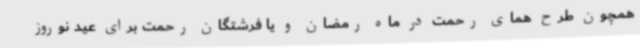
همچون طرح همای رحمت در ماه رمضان و یا فرشتگان رحمت برای عید نوروز